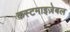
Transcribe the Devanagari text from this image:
कस्टमाइज़ेबल